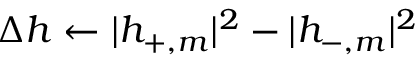
\Delta h \gets | h _ { + , m } | ^ { 2 } - | h _ { - , m } | ^ { 2 }